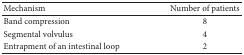
<table><thead><tr><td><b>Mechanism</b></td><td><b>Number of patients</b></td></tr></thead><tbody><tr><td>Band compression</td><td>8 </td></tr><tr><td>Segmental volvulus</td><td>4</td></tr><tr><td>Entrapment of an intestinal loop</td><td>2 </td></tr></tbody></table>